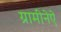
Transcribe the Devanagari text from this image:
ग्रामीनेऐ